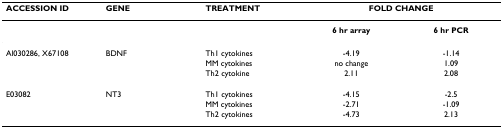
| ACCESSION ID | GENE | TREATMENT | <COLSPAN=2> FOLD CHANGE |
 | --- | --- | --- | --- | --- |
 |  |  |  | 6 hr array | 6 hr PCR |
 | Al030286, X67108 | BDNF | Th1 cytokines | -4.19 | -1.14 |
 |  |  | MM cytokines | no change | 1.09 |
 |  |  | Th2 cytokine | 2.11 | 2.08 |
 | E03082 | NT3 | Th1 cytokines | -4.15 | -2.5 |
 |  |  | MM cytokines | -2.71 | -1.09 |
 |  |  | Th2 cytokines | -4.73 | 2.13 |